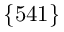
\lbrace 5 4 1 \rbrace